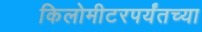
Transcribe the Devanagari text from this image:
किलोमीटरपर्यंतच्या